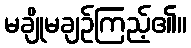
မချိုမချဉ်ကြည့်၏။